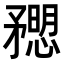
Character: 𥎒